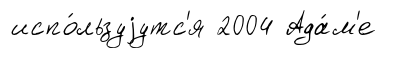
испо́льзуjутс'я 2004 Ада́м'е